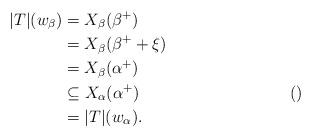
LaTeX: \begin{align*}|T|(w_\beta) &= X_\beta(\beta^+) \\&= X_\beta(\beta^+ + \xi) \\&= X_\beta(\alpha^+) \\&\subseteq X_\alpha(\alpha^+) &&() \\&= |T|(w_\alpha).\end{align*}